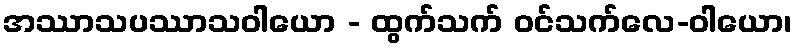
အဿာသပဿာသဝါယော - ထွက်သက် ဝင်သက်လေ-ဝါယော၊